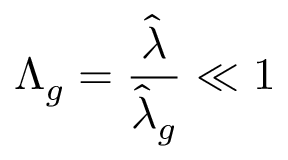
\Lambda _ { g } = \frac { \hat { \lambda } } { \hat { \lambda } _ { g } } \ll 1